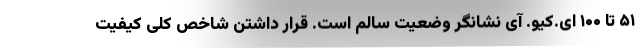
۵۱ تا ۱۰۰ ای.کیو. آی نشانگر وضعیت سالم است. قرار داشتن شاخص کلی کیفیت